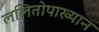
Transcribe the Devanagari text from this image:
ललितोपाख्यान